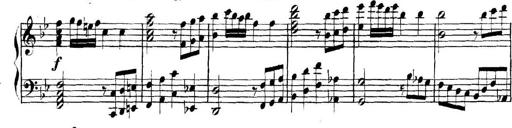
Title: Collected Piano Sonatas
Composer: Muzio Clementi